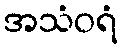
အသံဝရံ